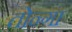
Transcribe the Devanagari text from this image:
तोन्गा